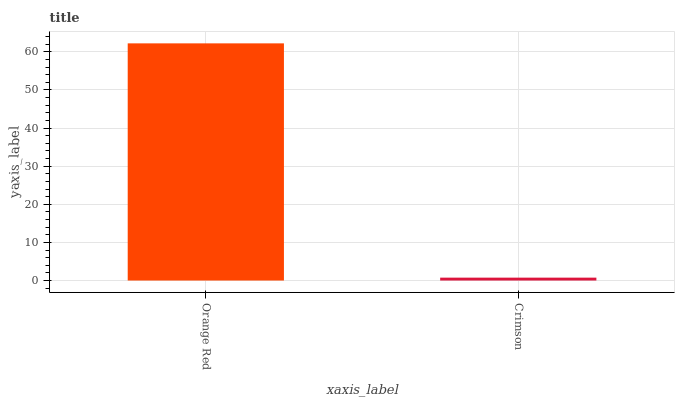
| xaxis_label | bars |
 | --- | --- |
 | Orange Red | 62.2 |
 | Crimson | 0.755 |